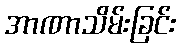
အာဏာသိမ်းခြင်း